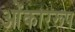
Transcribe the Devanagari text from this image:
ओंकाररूप